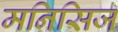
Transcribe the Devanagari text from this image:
मनिसिज